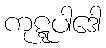
ကုဋ္ဋပါဒေါ